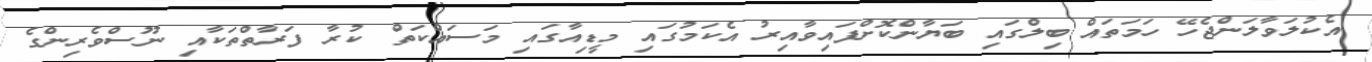
އެކުލަވާލަންޖެހޭ ހަމަތައް ބިލްގައި ބަޔާންކޮށްފައިވާއިރު އެކަމުގައި މީޑިއާގައި މަސައްކަތް ކުރާ ފަރާތްތަކާއި ނޫސްވެރިންގެ